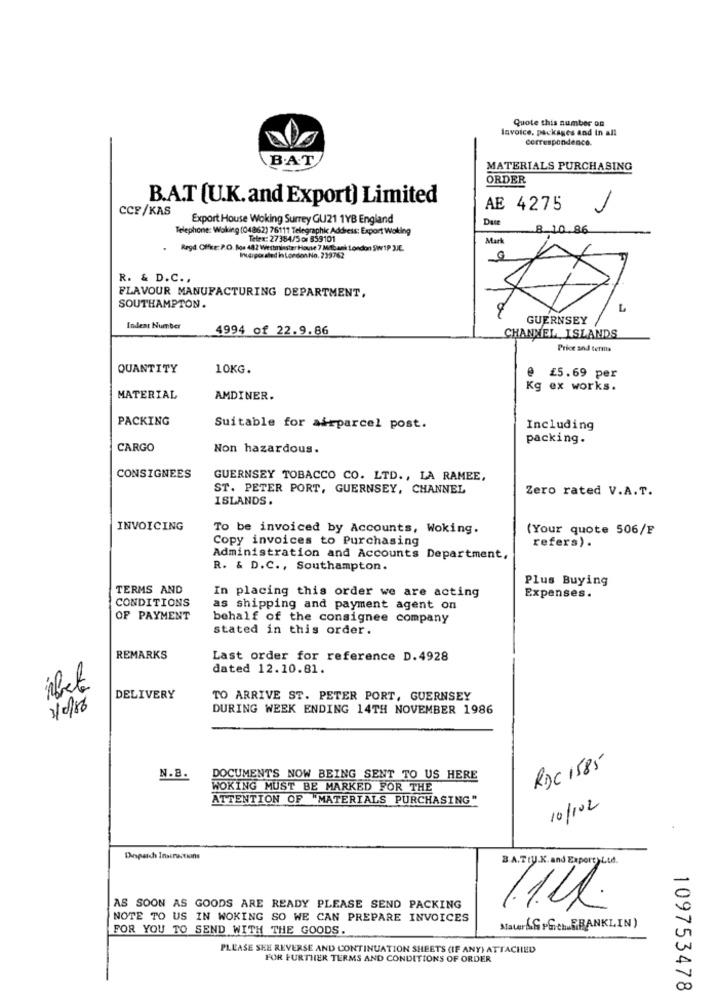
Quote this number on
Invoice, packages and in all
correspondence.
B.A.T
MATERIALS PURCHASING
ORDER
B.A.T (U.K. and Export) Limited
CCF/KAS
AE 4275
-
Export House Woking Surrey GU21 1YB England
Date
Telephone: Waking (04862) 76111 Telegraphic Address: Export Woking
8 10.86
Telex: 27384/50 859101
Mark
.
Regd Office: P.O. Bos 482 Westminster House 7 Milbank London SW1P JJE.
Incorporated in London No. 239762
R. & D.C .,
FLAVOUR MANUFACTURING DEPARTMENT,
SOUTHAMPTON
L
GUERNSEY
-
Indent Number
4994 of 22.9.86
CHANNEL ISLANDS
Price and teria
QUANTITY
10KG.
£5.69 per
Kg ex works.
MATERIAL
AMDINER.
PACKING
Suitable for airparcel post.
Including
packing.
CARGO
Non hazardous.
CONSIGNEES
GUERNSEY TOBACCO CO. LTD ., LA RAMEE,
ST. PETER PORT, GUERNSEY, CHANNEL
Zero rated V.A.T.
ISLANDS .
INVOICING
To be invoiced by Accounts, Woking.
(Your quote 506/F
Copy invoices to Purchasing
refers) .
Administration and Accounts Department,
R. & D.C ., Southampton.
Plus Buying
TERMS AND
In placing this order we are acting
CONDITIONS
Expenses.
as shipping and payment agent on
OF PAYMENT
behalf of the consignee company
stated in this order.
REMARKS
Last order for reference D.4928
dated 12.10.81.
DELIVERY
TO ARRIVE ST. PETER PORT, GUERNSEY
3/01/86
DURING WEEK ENDING 14TH NOVEMBER 1986
RDC 1585
N.B.
DOCUMENTS NOW BEING SENT TO US HERE
WOKING MUST BE MARKED FOR THE
ATTENTION OF MATERIALS PURCHASING"
10/102
Dinpatch Instructions
B.A.T(U.K. and Export)Ltd.
AS SOON AS GOODS ARE READY PLEASE SEND PACKING
114
NOTE TO US IN WOKING SO WE CAN PREPARE INVOICES
FOR YOU TO SEND WITH THE GOODS.
PLEASE SEE REVERSE AND CONTINUATION SHEETS (IF ANY) ATTACHED
FOR FURTHER TERMS AND CONDITIONS OF ORDER
109753478